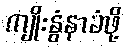
ကျိုးနွံနာခံဖို့